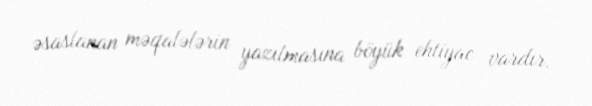
əsaslanan məqalələrin yazılmasına böyük ehtiyac vardır.